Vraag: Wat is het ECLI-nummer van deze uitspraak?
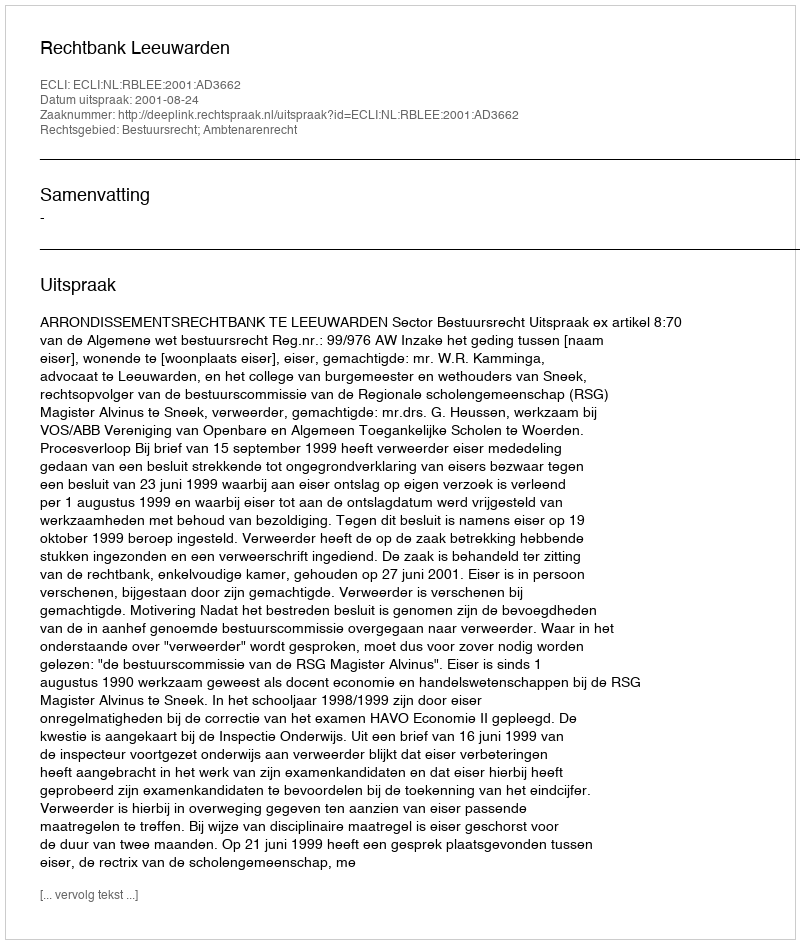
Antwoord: ECLI:NL:RBLEE:2001:AD3662